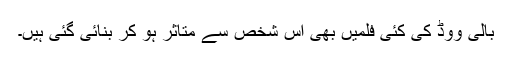
بالی ووڈ کی کئی فلمیں بھی اس شخص سے متاثر ہو کر بنائی گئی ہیں۔